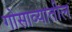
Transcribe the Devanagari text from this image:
गोसाव्यातील